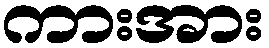
ကားအား